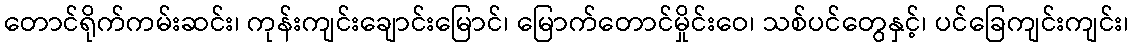
တောင်ရိုက်ကမ်းဆင်း၊ ကုန်းကျင်းချောင်းမြောင်၊ မြောက်တောင်မှိုင်းဝေ၊ သစ်ပင်တွေနှင့်၊ ပင်ခြေကျင်းကျင်း၊